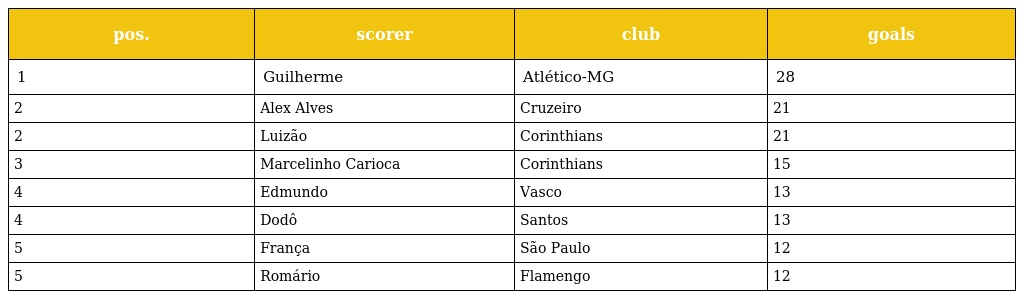
| pos. | scorer | club | goals |
 | --- | --- | --- | --- |
 | 1 | Guilherme | Atlético-MG | 28 |
 | 2 | Alex Alves | Cruzeiro | 21 |
 | 2 | Luizão | Corinthians | 21 |
 | 3 | Marcelinho Carioca | Corinthians | 15 |
 | 4 | Edmundo | Vasco | 13 |
 | 4 | Dodô | Santos | 13 |
 | 5 | França | São Paulo | 12 |
 | 5 | Romário | Flamengo | 12 |